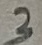
Text: 3